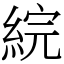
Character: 綄